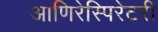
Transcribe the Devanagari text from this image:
आणिरेस्पिरेटरी